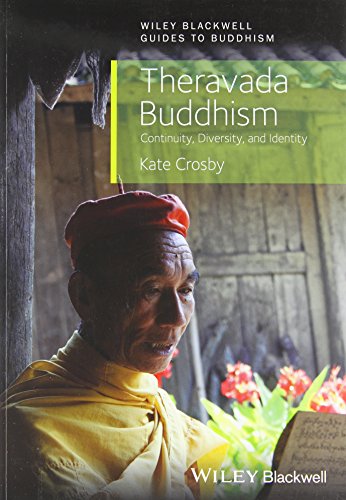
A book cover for Theravada Buddhism: Continuity, Diversity, and Identity; Kate Crosby; Religion & Spirituality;